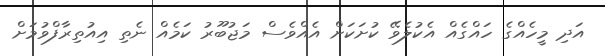
އަދި މީހެއްގެ ހައްގެއް އެކުލެވޭ ކުށަކަށް އެއްވެސް މަޖުބޫރު ކަމެއް ނެތި އިއުތިރާފްވުމަށް